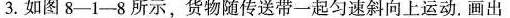
3.如图8-1-8所示，货物随传送带一起匀速斜向上运动。画出